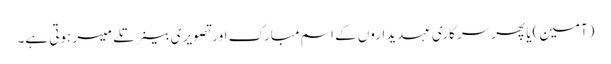
(آمین)یا پھر سرکاری عہدیداروں کے اسم مبارک اور تصویر ی بینر تلے میسر ہوتی ہے۔